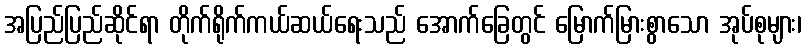
အပြည်ပြည်ဆိုင်ရာ တိုက်ရိုက်ကယ်ဆယ်ရေးသည် အောက်ခြေတွင် မြောက်မြားစွာသော အုပ်စုများ၊